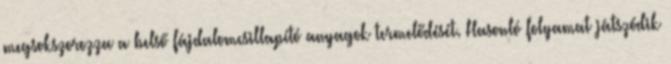
megsokszorozza a belső fájdalomcsillapító anyagok termelődését. Hasonló folyamat játszódik